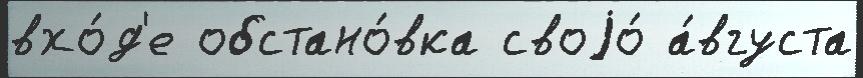
вхо́д'е обстано́вка своjо́ а́вгуста